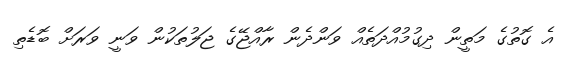
އެ ގޮތުގެ މަތީން ދިގުމުއްދަތެއް ވަންދެން ރާއްޖޭގެ ޖަލުތަކުން ވަނީ ވަރަށް ބޮޑެތި